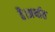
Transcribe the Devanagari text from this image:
है।अर्थात